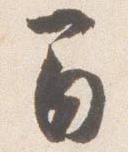
間